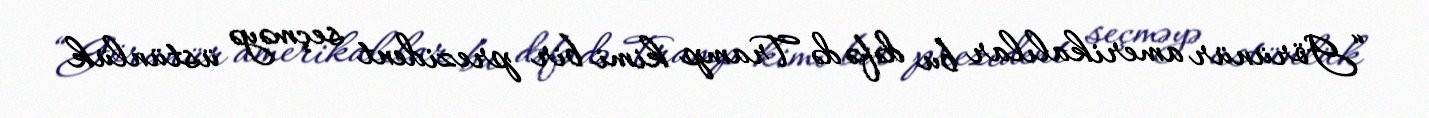
“Görünür amerikalılar bu dəfə də Tramp kimi bir prezident seçməyə üstünlük